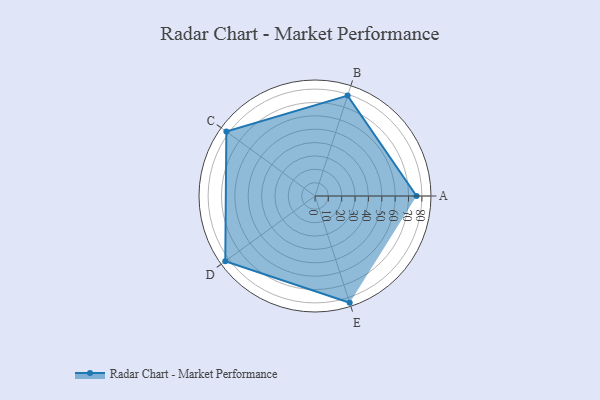
{"axis": {"x": "Skill", "y": "Score"}, "legend": ["Profile"], "data": [{"x": "A", "y": 76.0, "type": "Profile"}, {"x": "B", "y": 79.0, "type": "Profile"}, {"x": "C", "y": 82.0, "type": "Profile"}, {"x": "D", "y": 83.0, "type": "Profile"}, {"x": "E", "y": 84.0, "type": "Profile"}]}